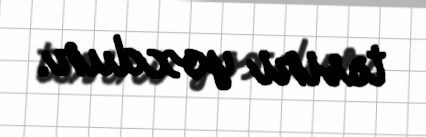
təsiri yoxdur.